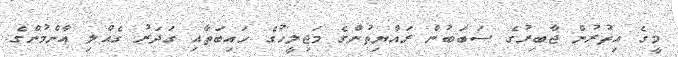
މީގެ އިތުރުން ޖާބިރުގެ ސަބަބުން ރައްޔިތުންގެ މަޖިލީހުގެ ހައިބަތާއި ގަދަރު ގެއްލި އާންމުންގެ